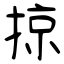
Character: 掠